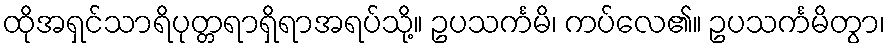
ထိုအရှင်သာရိပုတ္တရာရှိရာအရပ်သို့။ ဥပသင်္ကမိ၊ ကပ်လေ၏။ ဥပသင်္ကမိတွာ၊